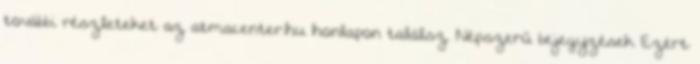
további részleteket az atmacenter.hu honlapon találsz. Népszerű bejegyzések Ezért